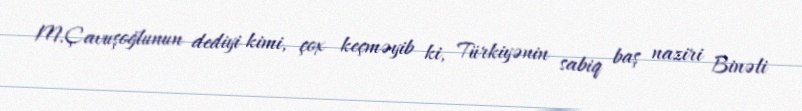
M.Çavuşoğlunun dediyi kimi, çox keçməyib ki, Türkiyənin sabiq baş naziri Binəli